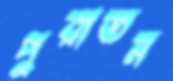
পুরাতন